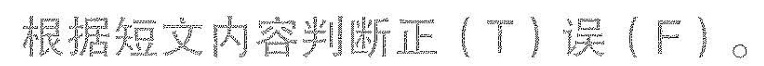
根据短文内容判断正(T)误(F)。